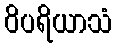
ဝိပရိယာသံ